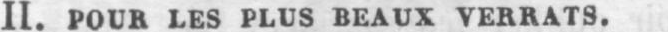
II. POUR LES PLUS BEAUX VERRATS.